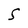
Character: S